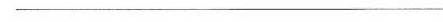
______